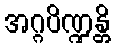
အဂ္ဂပိဏ္ဍန္တိ